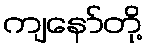
ကျနော်တို့